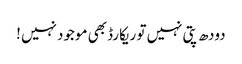
دودھ پتی نہیں تو ریکارڈ بھی موجود نہیں !